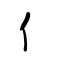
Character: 亻